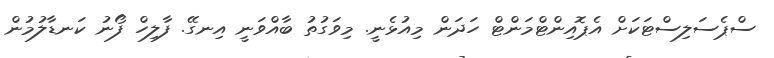
ސްޕެސަލިސްޓަކަށް އެޕޮއިންޓްމަންޓް ހަދަން މިއުޅެނީ. މިވަގުތު ބާއްވަނީ އިނގޭ. ފާލިހް ފޯނު ކަނޑާލުމުން